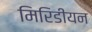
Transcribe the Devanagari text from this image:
मिरिडीयन